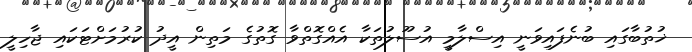
ޚުތުބާގައި ބުނެފައިވަނީ އިސްލާމީ އުސޫލުތަކާ އެއްގޮތްވާ ގޮތުގެ މަތިން އީދު ކުރުމަށްޓަކައި ޖާހިލީ